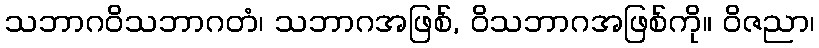
သဘာဂဝိသဘာဂတံ၊ သဘာဂအဖြစ်, ဝိသဘာဂအဖြစ်ကို။ ဝိဇညာ၊